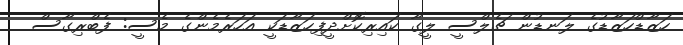
ހަޒާޑްހަޒާޑުގެ ލަނޑުން ޗެލްސީ ލީގާ ކައިރިކޮށްދީފިހަޒާޑަކީ އަހަރެމެންގެ މެސީ: ފެބްރިގާސް